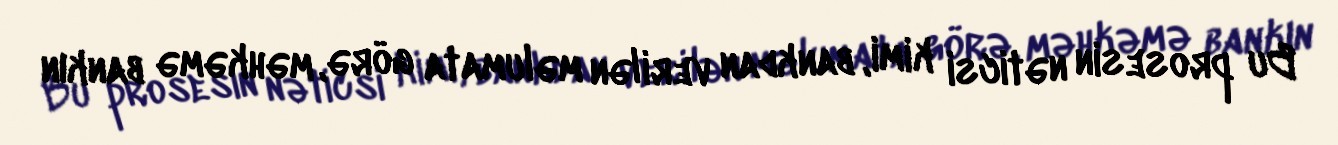
Bu prosesin nəticsi kimi, bankdan verilən məlumata görə, məhkəmə bankın